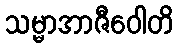
သမ္မာအာဇီဝေါတိ